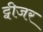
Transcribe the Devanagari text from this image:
ट्वीजर